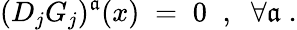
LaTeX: (D_{j}G_{j})^{\mathfrak{a}}(x)\; =\; 0\; \; ,\; \; \forall\mathfrak{a}\; .